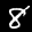
Label: 8